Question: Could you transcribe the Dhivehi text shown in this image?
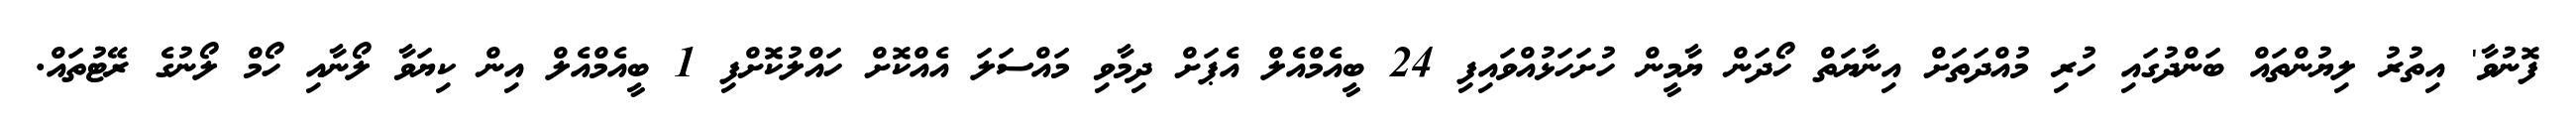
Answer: ފޮނުވާ' އިތުރު ލިޔުންތައް ބަންދުގައި ހުރި މުއްދަތަށް އިނާޔަތް ހޯދަން ޔާމީން ހުށަހަޅުއްވައިފި 24 ބީއެމްއެލް އެޕަށް ދިމާވި މައްސަލަ އެއްކޮށް ހައްލުކޮށްފި 1 ބީއެމްއެލް އިން ކިޔަވާ ލޯނާއި ހޯމް ލޯނުގެ ރޭޓުތައް.